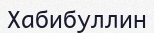
Хабибуллин